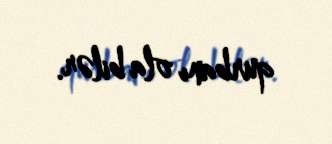
qurbanı ola bilər.